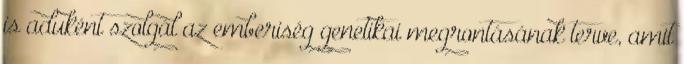
is aduként szolgál az emberiség genetikai megrontásának terve, amit